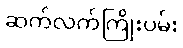
ဆက်လက်ကြိုးပမ်း